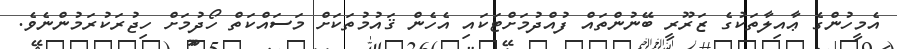
އެމީހުންގެ ޢާއިލާތަކުގެ ޒަރޫރީ ބޭނުންތައް ފުއްދުމަށްޓަކައި އެހެން ޤައުމުތަކަށް މަސައްކަތް ހޯދުމަށް ހިޖުރަކުރަމުންނެވެ.